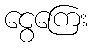
ငွေကြေး